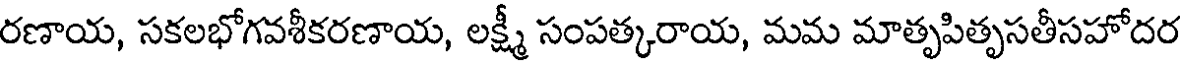
రణాయ, సకలభోగవశీకరణాయ, లక్ష్మీ సంపత్కరాయ, మమ మాతృపితృసతీసహోదర